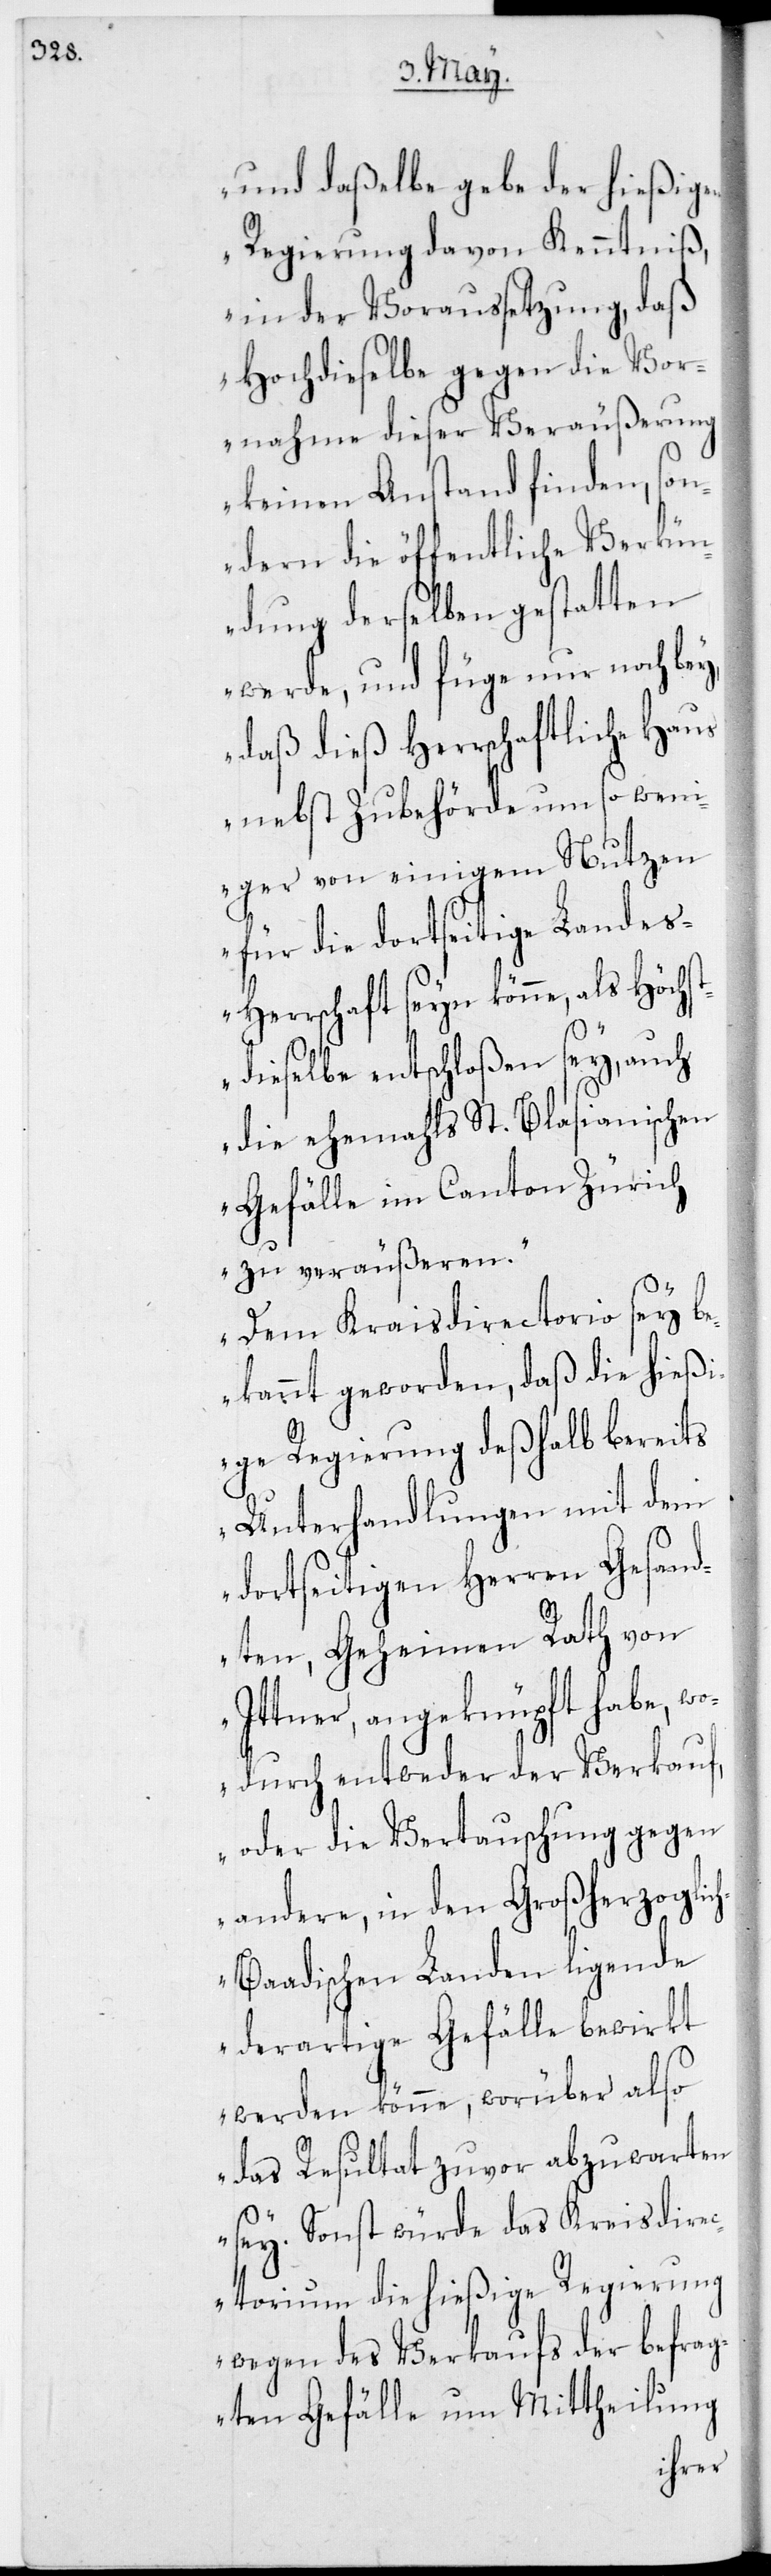
und daßelbe gebe der hießigen
Regierung davon Kenntniß,
in der Voraussetzung, daß
Hochdieselbe gegen die Vor¬
nahme dieser Veräußerung
keinen Anstand finden, son¬
dern die öffentliche Verkün¬
dung derselben gestatten
werde, und füge nur noch be¬
daß dieß herrschaftliche Haus
nebst Zubehörde um so wen¬
iger von einigem Nutzen
für die dortseitige Landesh¬
errschaft seyn könne, als Höchs¬
y,
tdieselbe entschloßen sey, auch
die ehemahls St. Blasianischen
Gefälle im Canton Zürich
zu veräußeren.
Dem Kraisdirectorio sey b¬
ekannt geworden, daß die hießi¬
ge Regierung deßhalb bereits
Unterhandlungen mit dem
dortseitigen Herren Gesand¬
ten, Geheimen Rath von
Ittner, angeknüpft habe, w¬
odurch entweder der Verkauf,
oder die Vertauschung gegen
andere, in den Großherzoglic¬
h-Baadischen Landen ligende
derartige Gefälle bewirkt
werden könne, worüber also
das Resultat zuvor abzuwarten
sey. Sonst würde das Kreisdire¬
ctorium die hießige Regierung
wegen des Verkaufs der befrag¬
ten Gefälle um Mittheilung